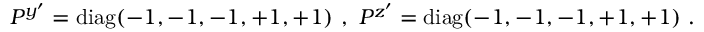
P ^ { y ^ { \prime } } = \mathrm { d i a g } ( - 1 , - 1 , - 1 , + 1 , + 1 ) ~ , ~ P ^ { z ^ { \prime } } = \mathrm { d i a g } ( - 1 , - 1 , - 1 , + 1 , + 1 ) ~ . ~ \,